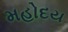
મહોદય